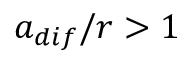
a _ { d i f } / r > 1